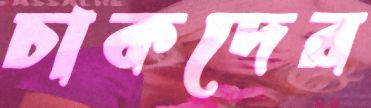
চাকদের